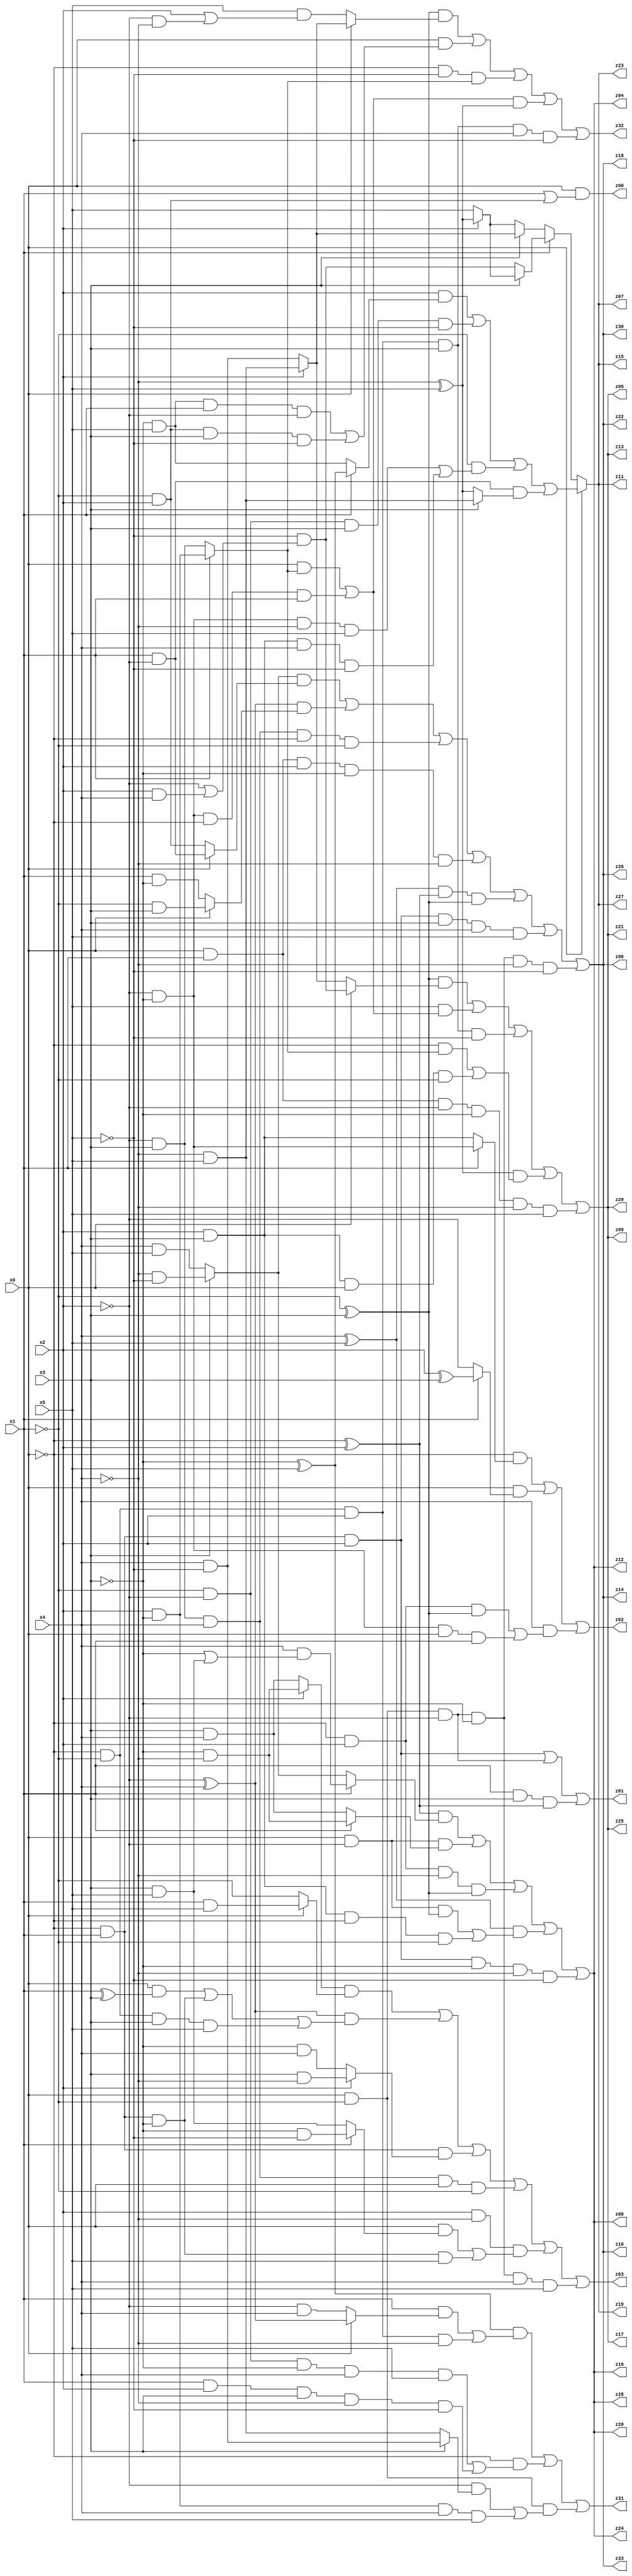
// Benchmark "q_5" written by ABC on Tue Jul 11 01:01:12 2023

module q_5 ( 
    x0, x1, x2, x3, x4, x5,
    z00, z01, z02, z03, z04, z05, z06, z07, z08, z09, z10, z11, z12, z13,
    z14, z15, z16, z17, z18, z19, z20, z21, z22, z23, z24, z25, z26, z27,
    z28, z29, z30, z31, z32, z33  );
  input  x0, x1, x2, x3, x4, x5;
  output z00, z01, z02, z03, z04, z05, z06, z07, z08, z09, z10, z11, z12, z13,
    z14, z15, z16, z17, z18, z19, z20, z21, z22, z23, z24, z25, z26, z27,
    z28, z29, z30, z31, z32, z33;
  assign z00 = x0 & (x1 | (~x1 & x2));
  assign z01 = (~x0 & x1 & x2) | (x0 & ~x1 & ~x2) | (x1 & x3 & (~x0 ^ x2));
  assign z02 = (~x0 & (x1 ? (~x2 & ~x3) : (x2 & x3))) | (x0 & (x1 ? (x2 ^ x3) : ~x2)) | (x4 & ((~x0 & x2 & (~x1 ^ x3)) | (~x2 & ~x3 & x0 & x1)));
  assign z03 = ((x2 ? (~x3 & ~x4) : (x3 & x4)) & (x0 ? (x1 & x5) : ~x1)) | ((~x2 ^ x4) & ((x0 & (x1 ^ x3)) | (~x0 & x1 & ~x3) | (~x0 & ~x1 & x3 & x5))) | (~x0 & x1 & (x2 ? (x3 & ~x4) : (~x3 & x4))) | (~x2 & x3 & x4 & x0 & ~x1) | (x2 & ~x4 & ((x0 & (x1 ? (~x3 & ~x5) : (x3 & x5))) | (~x0 & x1 & ~x3 & x5))) | (x0 & ~x1 & ~x2 & ~x3 & x4 & x5);
  assign z04 = ((~x0 ^ x2) & (x1 ? (x4 & (~x3 | (x3 & x5))) : (x3 ? (~x4 & ~x5) : (x4 & x5)))) | (x0 & ~x2 & (x1 ? (~x3 & ~x4) : (x3 & x4))) | (~x0 & x2 & ~x4 & (~x1 ^ x3)) | ((x4 ^ x5) & ((x0 & ~x2 & (~x1 ^ x3)) | (x2 & x3 & ~x0 & ~x1))) | (~x0 & x1 & x2 & ~x3 & ~x4 & ~x5);
  assign z05 = ((~x1 ^ x3) & (x0 ? (~x5 & (~x2 | (x2 & x4))) : (x2 ? (~x4 & x5) : (x4 & ~x5)))) | (x5 & ((x0 & (x1 ? (x2 & ~x3) : (~x2 & x3))) | (~x2 & ~x3 & ~x0 & x1))) | (~x0 & ~x1 & x2 & x3 & ~x5) | ((~x4 ^ x5) & ((~x0 & (x1 ? (x2 & ~x3) : (~x2 & x3))) | (x2 & x3 & x0 & ~x1))) | (x0 & x1 & ~x2 & ~x3 & ~x4 & x5);
  assign z06 = ((x3 ? (~x4 & ~x5) : (x4 & x5)) & (x0 ? (x1 & ~x2) : (~x1 & x2))) | ((~x2 ^ x4) & (x0 ? (~x1 & x3) : (x1 & ~x3))) | (~x2 & x3 & x4 & ~x0 & ~x1) | (x0 & x1 & x2 & ~x3 & ~x4) | ((x4 ^ x5) & (~x0 ^ x2) & (~x1 ^ x3)) | (~x0 & x1 & x2 & x3 & x4 & x5) | (x0 & ~x1 & ~x2 & ~x3 & ~x4 & ~x5);
  assign z07 = x0 ? ((x2 & (x1 ? (~x3 ^ x5) : (~x3 & x5))) | (~x1 & ~x2 & x3 & ~x5) | (~x1 & ((~x2 & ~x3 & ~x4 & x5) | (x2 & x3 & x4 & ~x5))) | (x1 & ~x2 & (x3 ? (~x4 & x5) : (~x4 ^ x5)))) : (x1 ? (x3 ? (x2 ? (~x4 ^ x5) : x5) : (~x5 & (~x2 | (x2 & x4)))) : (x3 ? (x2 ? (~x4 & x5) : (x4 & ~x5)) : (x2 ? (~x4 ^ x5) : x5)));
  assign z08 = ((~x0 ^ x2) & (x1 ? (x4 & (~x3 | (x3 & x5))) : (x3 ? (~x4 & ~x5) : (x4 & x5)))) | (x0 & ~x2 & (x1 ? (~x3 & ~x4) : (x3 & x4))) | (~x0 & x2 & ~x4 & (~x1 ^ x3)) | ((x4 ^ x5) & ((x0 & ~x2 & (~x1 ^ x3)) | (x2 & x3 & ~x0 & ~x1))) | (~x0 & x1 & x2 & ~x3 & ~x4 & ~x5);
  assign z09 = ((~x1 ^ x3) & (x0 ? (~x5 & (~x2 | (x2 & x4))) : (x2 ? (~x4 & x5) : (x4 & ~x5)))) | (x5 & ((x0 & (x1 ? (x2 & ~x3) : (~x2 & x3))) | (~x2 & ~x3 & ~x0 & x1))) | (~x0 & ~x1 & x2 & x3 & ~x5) | ((~x4 ^ x5) & ((~x0 & (x1 ? (x2 & ~x3) : (~x2 & x3))) | (x2 & x3 & x0 & ~x1))) | (x0 & x1 & ~x2 & ~x3 & ~x4 & x5);
  assign z10 = ((x3 ? (~x4 & ~x5) : (x4 & x5)) & (x0 ? (x1 & ~x2) : (~x1 & x2))) | ((~x2 ^ x4) & (x0 ? (~x1 & x3) : (x1 & ~x3))) | (~x2 & x3 & x4 & ~x0 & ~x1) | (x0 & x1 & x2 & ~x3 & ~x4) | ((x4 ^ x5) & (~x0 ^ x2) & (~x1 ^ x3)) | (~x0 & x1 & x2 & x3 & x4 & x5) | (x0 & ~x1 & ~x2 & ~x3 & ~x4 & ~x5);
  assign z11 = x0 ? ((x2 & (x1 ? (~x3 ^ x5) : (~x3 & x5))) | (~x1 & ~x2 & x3 & ~x5) | (~x1 & ((~x2 & ~x3 & ~x4 & x5) | (x2 & x3 & x4 & ~x5))) | (x1 & ~x2 & (x3 ? (~x4 & x5) : (~x4 ^ x5)))) : (x1 ? (x3 ? (x2 ? (~x4 ^ x5) : x5) : (~x5 & (~x2 | (x2 & x4)))) : (x3 ? (x2 ? (~x4 & x5) : (x4 & ~x5)) : (x2 ? (~x4 ^ x5) : x5)));
  assign z12 = ((~x0 ^ x2) & (x1 ? (x4 & (~x3 | (x3 & x5))) : (x3 ? (~x4 & ~x5) : (x4 & x5)))) | (x0 & ~x2 & (x1 ? (~x3 & ~x4) : (x3 & x4))) | (~x0 & x2 & ~x4 & (~x1 ^ x3)) | ((x4 ^ x5) & ((x0 & ~x2 & (~x1 ^ x3)) | (x2 & x3 & ~x0 & ~x1))) | (~x0 & x1 & x2 & ~x3 & ~x4 & ~x5);
  assign z13 = ((~x1 ^ x3) & (x0 ? (~x5 & (~x2 | (x2 & x4))) : (x2 ? (~x4 & x5) : (x4 & ~x5)))) | (x5 & ((x0 & (x1 ? (x2 & ~x3) : (~x2 & x3))) | (~x2 & ~x3 & ~x0 & x1))) | (~x0 & ~x1 & x2 & x3 & ~x5) | ((~x4 ^ x5) & ((~x0 & (x1 ? (x2 & ~x3) : (~x2 & x3))) | (x2 & x3 & x0 & ~x1))) | (x0 & x1 & ~x2 & ~x3 & ~x4 & x5);
  assign z14 = ((x3 ? (~x4 & ~x5) : (x4 & x5)) & (x0 ? (x1 & ~x2) : (~x1 & x2))) | ((~x2 ^ x4) & (x0 ? (~x1 & x3) : (x1 & ~x3))) | (~x2 & x3 & x4 & ~x0 & ~x1) | (x0 & x1 & x2 & ~x3 & ~x4) | ((x4 ^ x5) & (~x0 ^ x2) & (~x1 ^ x3)) | (~x0 & x1 & x2 & x3 & x4 & x5) | (x0 & ~x1 & ~x2 & ~x3 & ~x4 & ~x5);
  assign z15 = x0 ? ((x2 & (x1 ? (~x3 ^ x5) : (~x3 & x5))) | (~x1 & ~x2 & x3 & ~x5) | (~x1 & ((~x2 & ~x3 & ~x4 & x5) | (x2 & x3 & x4 & ~x5))) | (x1 & ~x2 & (x3 ? (~x4 & x5) : (~x4 ^ x5)))) : (x1 ? (x3 ? (x2 ? (~x4 ^ x5) : x5) : (~x5 & (~x2 | (x2 & x4)))) : (x3 ? (x2 ? (~x4 & x5) : (x4 & ~x5)) : (x2 ? (~x4 ^ x5) : x5)));
  assign z16 = ((~x0 ^ x2) & (x1 ? (x4 & (~x3 | (x3 & x5))) : (x3 ? (~x4 & ~x5) : (x4 & x5)))) | (x0 & ~x2 & (x1 ? (~x3 & ~x4) : (x3 & x4))) | (~x0 & x2 & ~x4 & (~x1 ^ x3)) | ((x4 ^ x5) & ((x0 & ~x2 & (~x1 ^ x3)) | (x2 & x3 & ~x0 & ~x1))) | (~x0 & x1 & x2 & ~x3 & ~x4 & ~x5);
  assign z17 = ((~x1 ^ x3) & (x0 ? (~x5 & (~x2 | (x2 & x4))) : (x2 ? (~x4 & x5) : (x4 & ~x5)))) | (x5 & ((x0 & (x1 ? (x2 & ~x3) : (~x2 & x3))) | (~x2 & ~x3 & ~x0 & x1))) | (~x0 & ~x1 & x2 & x3 & ~x5) | ((~x4 ^ x5) & ((~x0 & (x1 ? (x2 & ~x3) : (~x2 & x3))) | (x2 & x3 & x0 & ~x1))) | (x0 & x1 & ~x2 & ~x3 & ~x4 & x5);
  assign z18 = ((x3 ? (~x4 & ~x5) : (x4 & x5)) & (x0 ? (x1 & ~x2) : (~x1 & x2))) | ((~x2 ^ x4) & (x0 ? (~x1 & x3) : (x1 & ~x3))) | (~x2 & x3 & x4 & ~x0 & ~x1) | (x0 & x1 & x2 & ~x3 & ~x4) | ((x4 ^ x5) & (~x0 ^ x2) & (~x1 ^ x3)) | (~x0 & x1 & x2 & x3 & x4 & x5) | (x0 & ~x1 & ~x2 & ~x3 & ~x4 & ~x5);
  assign z19 = x0 ? ((x2 & (x1 ? (~x3 ^ x5) : (~x3 & x5))) | (~x1 & ~x2 & x3 & ~x5) | (~x1 & ((~x2 & ~x3 & ~x4 & x5) | (x2 & x3 & x4 & ~x5))) | (x1 & ~x2 & (x3 ? (~x4 & x5) : (~x4 ^ x5)))) : (x1 ? (x3 ? (x2 ? (~x4 ^ x5) : x5) : (~x5 & (~x2 | (x2 & x4)))) : (x3 ? (x2 ? (~x4 & x5) : (x4 & ~x5)) : (x2 ? (~x4 ^ x5) : x5)));
  assign z20 = ((~x0 ^ x2) & (x1 ? (x4 & (~x3 | (x3 & x5))) : (x3 ? (~x4 & ~x5) : (x4 & x5)))) | (x0 & ~x2 & (x1 ? (~x3 & ~x4) : (x3 & x4))) | (~x0 & x2 & ~x4 & (~x1 ^ x3)) | ((x4 ^ x5) & ((x0 & ~x2 & (~x1 ^ x3)) | (x2 & x3 & ~x0 & ~x1))) | (~x0 & x1 & x2 & ~x3 & ~x4 & ~x5);
  assign z21 = ((~x1 ^ x3) & (x0 ? (~x5 & (~x2 | (x2 & x4))) : (x2 ? (~x4 & x5) : (x4 & ~x5)))) | (x5 & ((x0 & (x1 ? (x2 & ~x3) : (~x2 & x3))) | (~x2 & ~x3 & ~x0 & x1))) | (~x0 & ~x1 & x2 & x3 & ~x5) | ((~x4 ^ x5) & ((~x0 & (x1 ? (x2 & ~x3) : (~x2 & x3))) | (x2 & x3 & x0 & ~x1))) | (x0 & x1 & ~x2 & ~x3 & ~x4 & x5);
  assign z22 = ((x3 ? (~x4 & ~x5) : (x4 & x5)) & (x0 ? (x1 & ~x2) : (~x1 & x2))) | ((~x2 ^ x4) & (x0 ? (~x1 & x3) : (x1 & ~x3))) | (~x2 & x3 & x4 & ~x0 & ~x1) | (x0 & x1 & x2 & ~x3 & ~x4) | ((x4 ^ x5) & (~x0 ^ x2) & (~x1 ^ x3)) | (~x0 & x1 & x2 & x3 & x4 & x5) | (x0 & ~x1 & ~x2 & ~x3 & ~x4 & ~x5);
  assign z23 = x0 ? ((x2 & (x1 ? (~x3 ^ x5) : (~x3 & x5))) | (~x1 & ~x2 & x3 & ~x5) | (~x1 & ((~x2 & ~x3 & ~x4 & x5) | (x2 & x3 & x4 & ~x5))) | (x1 & ~x2 & (x3 ? (~x4 & x5) : (~x4 ^ x5)))) : (x1 ? (x3 ? (x2 ? (~x4 ^ x5) : x5) : (~x5 & (~x2 | (x2 & x4)))) : (x3 ? (x2 ? (~x4 & x5) : (x4 & ~x5)) : (x2 ? (~x4 ^ x5) : x5)));
  assign z24 = ((~x0 ^ x2) & (x1 ? (x4 & (~x3 | (x3 & x5))) : (x3 ? (~x4 & ~x5) : (x4 & x5)))) | (x0 & ~x2 & (x1 ? (~x3 & ~x4) : (x3 & x4))) | (~x0 & x2 & ~x4 & (~x1 ^ x3)) | ((x4 ^ x5) & ((x0 & ~x2 & (~x1 ^ x3)) | (x2 & x3 & ~x0 & ~x1))) | (~x0 & x1 & x2 & ~x3 & ~x4 & ~x5);
  assign z25 = ((~x1 ^ x3) & (x0 ? (~x5 & (~x2 | (x2 & x4))) : (x2 ? (~x4 & x5) : (x4 & ~x5)))) | (x5 & ((x0 & (x1 ? (x2 & ~x3) : (~x2 & x3))) | (~x2 & ~x3 & ~x0 & x1))) | (~x0 & ~x1 & x2 & x3 & ~x5) | ((~x4 ^ x5) & ((~x0 & (x1 ? (x2 & ~x3) : (~x2 & x3))) | (x2 & x3 & x0 & ~x1))) | (x0 & x1 & ~x2 & ~x3 & ~x4 & x5);
  assign z26 = ((x3 ? (~x4 & ~x5) : (x4 & x5)) & (x0 ? (x1 & ~x2) : (~x1 & x2))) | ((~x2 ^ x4) & (x0 ? (~x1 & x3) : (x1 & ~x3))) | (~x2 & x3 & x4 & ~x0 & ~x1) | (x0 & x1 & x2 & ~x3 & ~x4) | ((x4 ^ x5) & (~x0 ^ x2) & (~x1 ^ x3)) | (~x0 & x1 & x2 & x3 & x4 & x5) | (x0 & ~x1 & ~x2 & ~x3 & ~x4 & ~x5);
  assign z27 = x0 ? ((x2 & (x1 ? (~x3 ^ x5) : (~x3 & x5))) | (~x1 & ~x2 & x3 & ~x5) | (~x1 & ((~x2 & ~x3 & ~x4 & x5) | (x2 & x3 & x4 & ~x5))) | (x1 & ~x2 & (x3 ? (~x4 & x5) : (~x4 ^ x5)))) : (x1 ? (x3 ? (x2 ? (~x4 ^ x5) : x5) : (~x5 & (~x2 | (x2 & x4)))) : (x3 ? (x2 ? (~x4 & x5) : (x4 & ~x5)) : (x2 ? (~x4 ^ x5) : x5)));
  assign z28 = ((~x0 ^ x2) & (x1 ? (x4 & (~x3 | (x3 & x5))) : (x3 ? (~x4 & ~x5) : (x4 & x5)))) | (x0 & ~x2 & (x1 ? (~x3 & ~x4) : (x3 & x4))) | (~x0 & x2 & ~x4 & (~x1 ^ x3)) | ((x4 ^ x5) & ((x0 & ~x2 & (~x1 ^ x3)) | (x2 & x3 & ~x0 & ~x1))) | (~x0 & x1 & x2 & ~x3 & ~x4 & ~x5);
  assign z29 = ((~x1 ^ x3) & (x0 ? (~x5 & (~x2 | (x2 & x4))) : (x2 ? (~x4 & x5) : (x4 & ~x5)))) | (x5 & ((x0 & (x1 ? (x2 & ~x3) : (~x2 & x3))) | (~x2 & ~x3 & ~x0 & x1))) | (~x0 & ~x1 & x2 & x3 & ~x5) | ((~x4 ^ x5) & ((~x0 & (x1 ? (x2 & ~x3) : (~x2 & x3))) | (x2 & x3 & x0 & ~x1))) | (x0 & x1 & ~x2 & ~x3 & ~x4 & x5);
  assign z30 = ((x3 ? (~x4 & ~x5) : (x4 & x5)) & (x0 ? (x1 & ~x2) : (~x1 & x2))) | ((~x2 ^ x4) & (x0 ? (~x1 & x3) : (x1 & ~x3))) | (~x2 & x3 & x4 & ~x0 & ~x1) | (x0 & x1 & x2 & ~x3 & ~x4) | ((x4 ^ x5) & (~x0 ^ x2) & (~x1 ^ x3)) | (~x0 & x1 & x2 & x3 & x4 & x5) | (x0 & ~x1 & ~x2 & ~x3 & ~x4 & ~x5);
  assign z31 = ((~x3 ^ x5) & ((x1 & (x0 ? (~x2 ^ x4) : (~x2 & x4))) | (~x0 & ~x1 & x2 & ~x4))) | (~x0 & ((~x1 & ~x2 & ~x3 & x4 & x5) | (x1 & x2 & x3 & ~x4 & ~x5))) | (x0 & ~x1 & ((~x2 & (x3 ? (x4 & ~x5) : (~x4 & x5))) | (x2 & ~x3 & x4 & x5)));
  assign z32 = ((~x1 ^ x3) & (x0 ? (x2 ? (~x4 & x5) : (x4 & ~x5)) : (x5 & (x2 | (~x2 & ~x4))))) | (x0 & ((~x3 & x5 & x1 & ~x2) | (~x1 & x2 & x3 & ~x5))) | (~x0 & ~x5 & (x1 ? (x2 & ~x3) : (~x2 & x3))) | (((x0 & (x1 ? (x2 & ~x3) : (~x2 & x3))) | (~x2 & ~x3 & ~x0 & x1)) & (~x4 ^ x5)) | (~x0 & ~x1 & x2 & x3 & x4 & ~x5);
  assign z33 = ((x3 ? (~x4 & ~x5) : (x4 & x5)) & (x0 ? (x1 & ~x2) : (~x1 & x2))) | ((~x2 ^ x4) & (x0 ? (~x1 & x3) : (x1 & ~x3))) | (~x2 & x3 & x4 & ~x0 & ~x1) | (x0 & x1 & x2 & ~x3 & ~x4) | ((x4 ^ x5) & (~x0 ^ x2) & (~x1 ^ x3)) | (~x0 & x1 & x2 & x3 & x4 & x5) | (x0 & ~x1 & ~x2 & ~x3 & ~x4 & ~x5);
endmodule